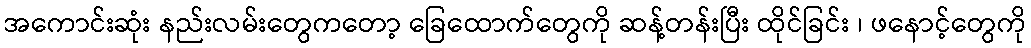
အကောင်းဆုံး နည်းလမ်းတွေကတော့ ခြေထောက်တွေကို ဆန့်တန်းပြီး ထိုင်ခြင်း ၊ ဖနောင့်တွေကို